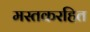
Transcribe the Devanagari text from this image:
मस्तकरहित